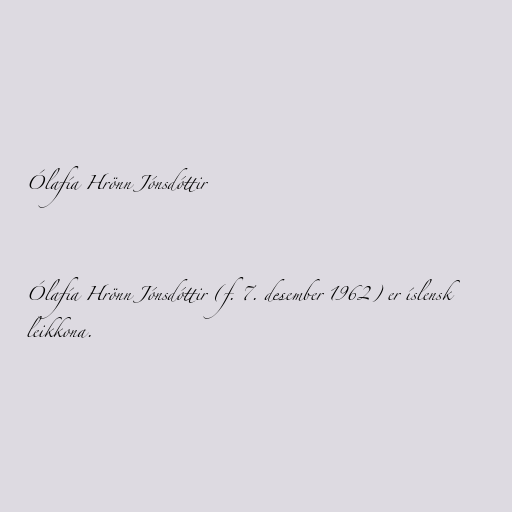
Ólafía Hrönn Jónsdóttir

Ólafía Hrönn Jónsdóttir (f. 7. desember 1962) er íslensk
leikkona.